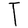
Character: T